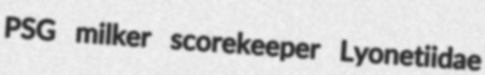
PSG milker scorekeeper Lyonetiidae